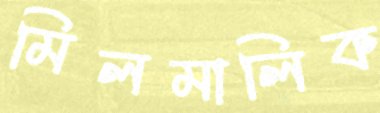
মিলমালিক